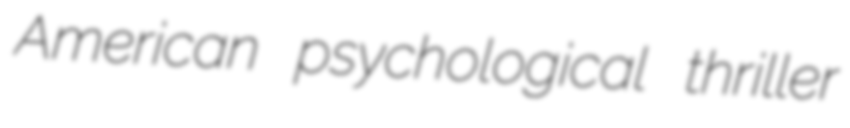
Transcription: American psychological thriller